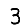
Digit: 3